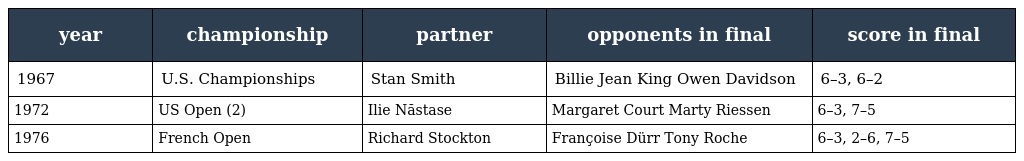
| year | championship | partner | opponents in final | score in final |
 | --- | --- | --- | --- | --- |
 | 1967 | U.S. Championships | Stan Smith | Billie Jean King Owen Davidson | 6–3, 6–2 |
 | 1972 | US Open (2) | Ilie Năstase | Margaret Court Marty Riessen | 6–3, 7–5 |
 | 1976 | French Open | Richard Stockton | Françoise Dürr Tony Roche | 6–3, 2–6, 7–5 |